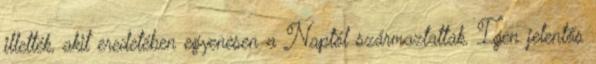
illették, akit eredetében egyenesen a Naptól származtattak. Igen jelentős